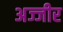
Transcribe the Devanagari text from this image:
अज्जीर